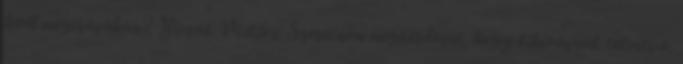
levél megírásában? Bicsák Miklós: Szeretném megkérdezni, hogy kihívásnak tekinti-e,